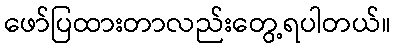
ဖော်ပြထားတာလည်းတွေ့ရပါတယ်။